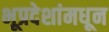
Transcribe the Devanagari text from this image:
भूप्रदेशांमधून